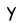
Character: Y